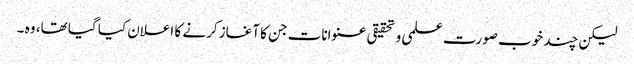
لیکن چند خوب صورت علمی و تحقیقی عنوانات جن کا آغاز کرنے کا اعلان کیا گیا تھا، وہ ۔